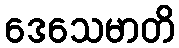
ဒေသေမာတိ